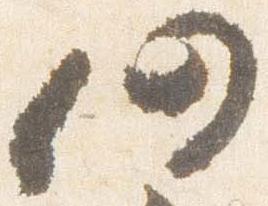
仍